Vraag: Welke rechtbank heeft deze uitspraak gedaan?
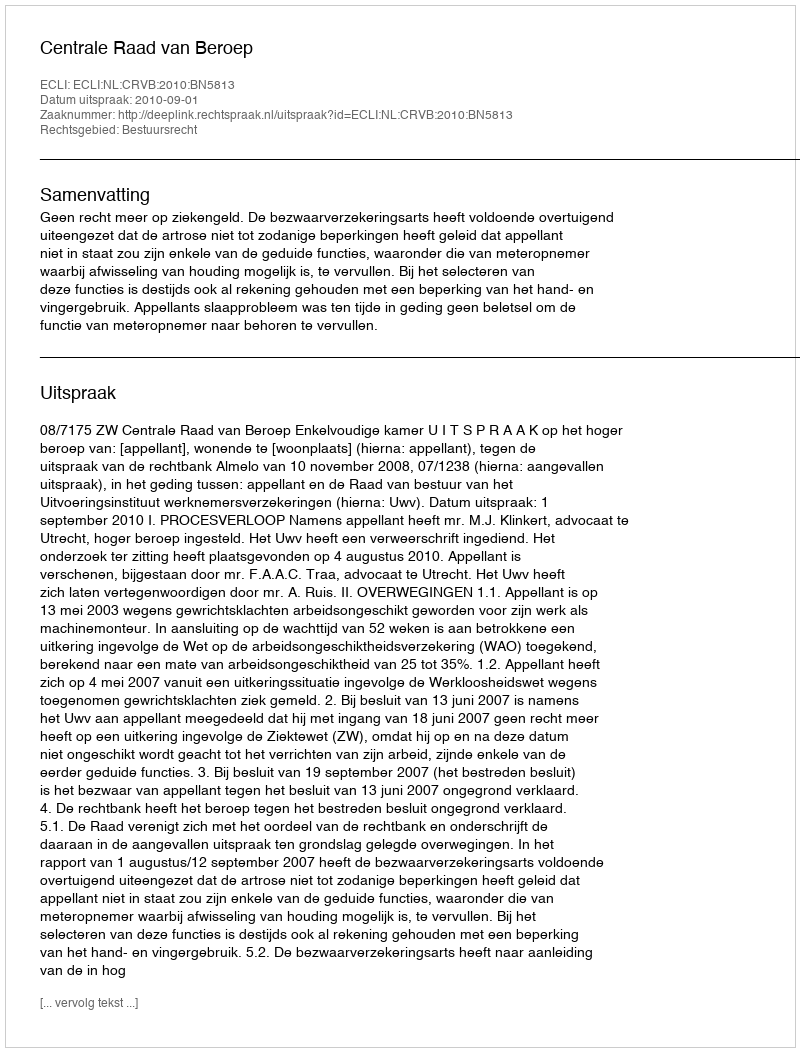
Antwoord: Centrale Raad van Beroep